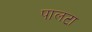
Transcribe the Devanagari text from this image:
पालटा